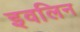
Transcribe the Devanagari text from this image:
इवलिन